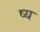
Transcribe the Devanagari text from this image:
ष्य